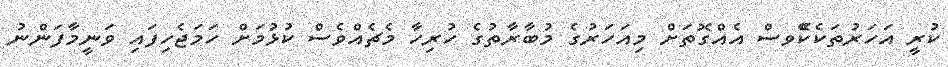
ކުރީ އަހަރުތަކެކޭެވސް އެއްގޮތަށް މިއަހަރުގެ މުބާރާތުގެ ހުރިހާ މެޗެއްވެސް ކުޅުމަށް ހަމަޖެހިފައި ވަނީމާފަންނު